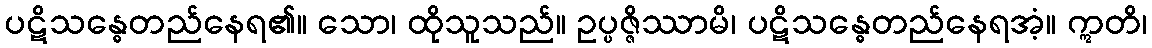
ပဋိသန္ဓေတည်နေရ၏။ သော၊ ထိုသူသည်။ ဥပ္ပဇ္ဇိဿာမိ၊ ပဋိသန္ဓေတည်နေရအံ့။ ဣတိ၊